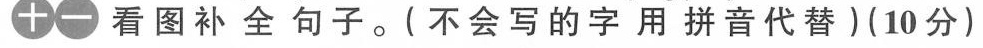
十一 看图补全句子。(不会写的字用拼音代替)(10分)